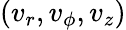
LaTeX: (v_{r},v_{\phi},v_{z})